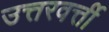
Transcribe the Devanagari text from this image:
उत्तरवर्त्ती